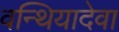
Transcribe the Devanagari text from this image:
वन्थियादेवा